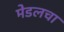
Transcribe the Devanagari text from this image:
मेडलचा